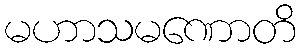
မဟာသမဏောတိ